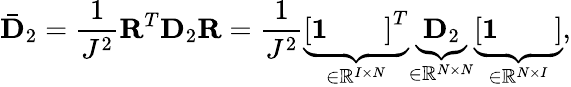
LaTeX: \bar{\mathbf{D}}_{2}=\frac{1}{J^{2}}\mathbf{R}^{T}\mathbf{D}_{2}\mathbf{R}=\frac{1}{J^{2}}\underbrace{\left[\begin{array}{lll}{\mathbf{1}}&{}&{}\end{array}\right]^{T}}_{\in\mathbb{R}^{I\times N}}\underbrace{\mathbf{D}_{2}}_{\in\mathbb{R}^{N\times N}}\underbrace{\left[\begin{array}{lll}{\mathbf{1}}&{}&{}\end{array}\right]}_{\in\mathbb{R}^{N\times I}},